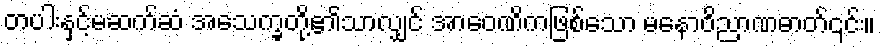
တပါးနှင့်မဆက်ဆံ အသေက္ခတို့၏သာလျှင် အာဝေဏိကဖြစ်သော မနောဝိညာဏဓာတ်၎င်း။